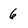
Character: 6